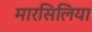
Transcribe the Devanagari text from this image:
मारसिलिया